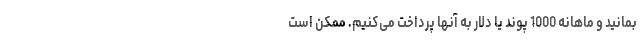
بمانید و ماهانه 1000 پوند یا دلار به آنها پرداخت می‌کنیم. ممکن است